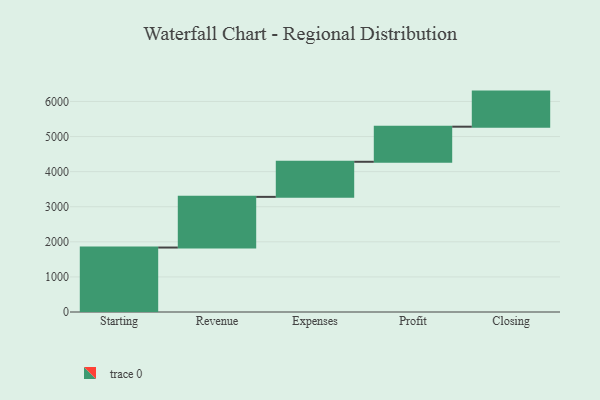
{"axis": {"x": "Step", "y": "Value"}, "legend": [""], "data": [{"x": "Starting", "y": 1837.0, "type": ""}, {"x": "Revenue", "y": 1444.0, "type": ""}, {"x": "Expenses", "y": 1000, "type": ""}, {"x": "Profit", "y": 1000, "type": ""}, {"x": "Closing", "y": 1000, "type": ""}]}